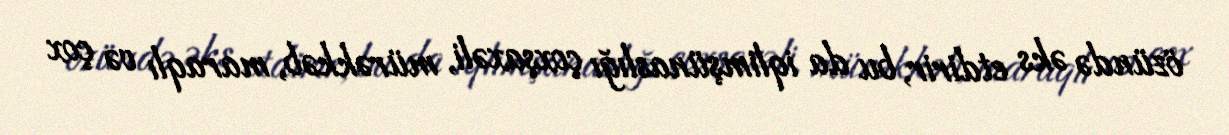
özündə əks etdirir, bu da iqlimşünaslığı çoxşaxəli, mürəkkəb, maraqlı və çox